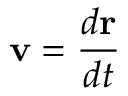
\mathbf { v } = { \frac { d \mathbf { r } } { d t } }